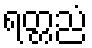
ရတ္တညံ